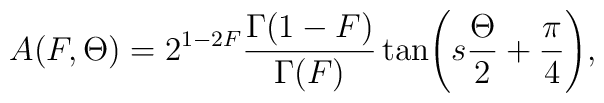
A ( F ,\Theta) = 2^{1-2F} \frac{\Gamma (1-F)}{\Gamma( F)} \tan \Biggl(s\frac{\Theta}{2} + \frac{\pi}{4} \Biggr) ,